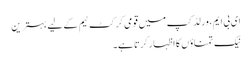
ای بی ایم، ورلڈ کپ میں قومی کرکٹ ٹیم کے لیے بہترین
نیک تمناؤں کا اظہار کرتا ہے۔